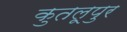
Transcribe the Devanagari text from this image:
कुतलूपुर